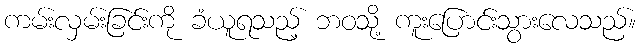
ကမ်းလှမ်းခြင်းကို ခံယူရသည့် ဘဝသို့ ကူးပြောင်းသွားလေသည်။